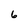
Character: 6